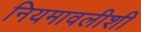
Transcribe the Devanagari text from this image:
नियमावलीशी